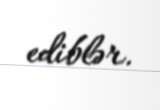
ediblər.